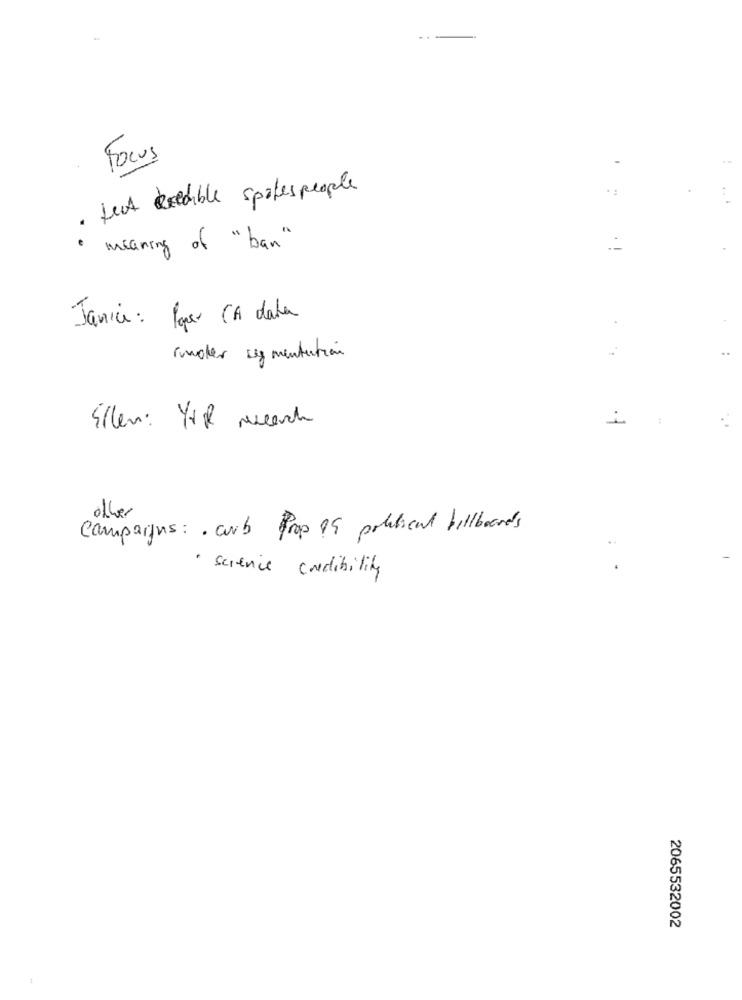
Focu
. fest decable spokes people
meaning of " ban"
Janice: Pagar CA data
Smoker seg mentation
Ellen: YIP search
other
Campaigns :· carb Prop 85 political billboards
· science credibility
2065532002